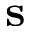
{ \bf s }